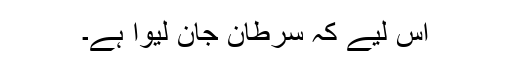
اس لیے کہ سرطان جان لیوا ہے۔